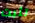
تثبت